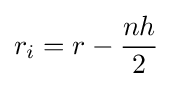
r_{i}=r-{\frac {nh}{2}}